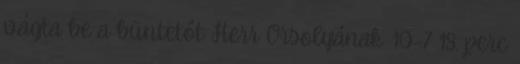
vágta be a büntetőt Herr Orsolyának. 10–7 18. perc